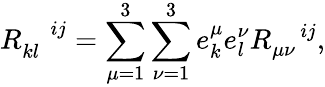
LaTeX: R_{kl}^{\quad ij}=\sum_{\mu=1}^{3}\sum_{\nu=1}^{3}e_{k}^{\mu}e_{l}^{\nu}R_{\mu\nu}^{\quad ij},